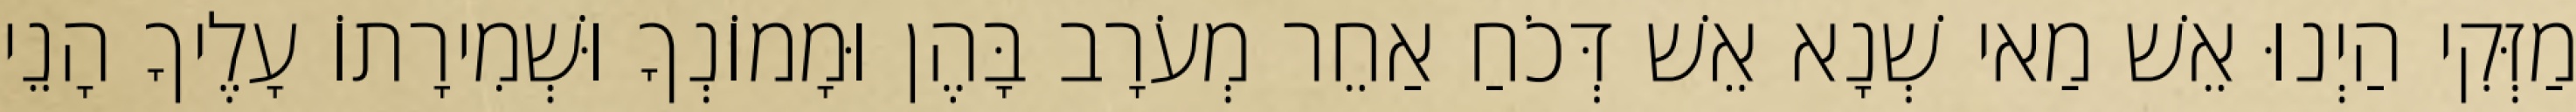
מַזְּקִי הַיְנוּ אֵשׁ מַאי שְׁנָא אֵשׁ דְּכֹחַ אַחֵר מְעֹרָב בָּהֶן וּמָמוֹנְךָ וּשְׁמִירָתוֹ עָלֶיךָ הָנֵי